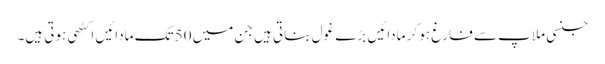
جنسی ملاپ سے فارغ ہو کر مادائیں بڑے غول بناتی ہیں جن میں 50 تک مادائیں اکٹھی ہوتی ہیں۔